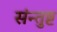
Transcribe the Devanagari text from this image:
संन्तुष्ट